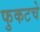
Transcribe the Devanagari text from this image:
फुकटचे